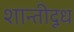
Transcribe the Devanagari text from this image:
शान्तीदूध